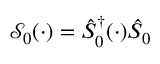
\mathcal S _ { 0 } ( \cdot ) = \hat { S } _ { 0 } ^ { \dagger } ( \cdot ) \hat { S } _ { 0 }